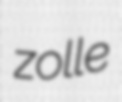
zolle